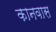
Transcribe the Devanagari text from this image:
कानवास